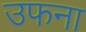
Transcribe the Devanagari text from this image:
उफना